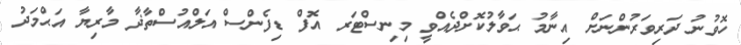
ހޮވުނު ދަރިވަރުންނަށް އިނާމު ޙަވާލުކޮށްދެއްވީ މިނިސްޓަރ އޮފް ޑިފެންސް އަލްއުސްތާޛާ މާރިޔާ އަޙްމަދު